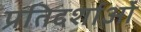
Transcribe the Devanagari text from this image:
प्रतिदर्शाओं